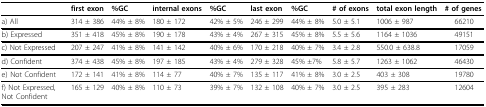
|  | first exon | %GC | internal exons | %GC | last exon | %GC | # of exons | total exon length | # of genes |
 | --- | --- | --- | --- | --- | --- | --- | --- | --- | --- |
 | a) All | 314 ± 386 | 44% ± 8% | 180 ± 172 | 42% ± 5% | 246 ± 299 | 44% ± 8% | 5.0 ± 5.1 | 1006 ± 987 | 66210 |
 | b) Expressed | 351 ± 418 | 45% ± 8% | 190 ± 178 | 43% ± 4% | 267 ± 315 | 45% ± 8% | 5.5 ± 5.6 | 1164 ± 1036 | 49151 |
 | c) Not Expressed | 207 ± 247 | 41% ± 8% | 141 ± 142 | 40% ± 6% | 170 ± 218 | 40% ± 7% | 3.4 ± 2.8 | 550.0 ± 638.8 | 17059 |
 | d) Confident | 374 ± 438 | 45% ± 8% | 197 ± 185 | 43% ± 4% | 279 ± 328 | 45% ±7% | 5.8 ± 5.7 | 1263 ± 1062 | 46430 |
 | e) Not Confident | 172 ± 141 | 41% ± 8% | 114 ± 77 | 40% ± 7% | 135 ± 117 | 41% ± 8% | 3.0 ± 2.5 | 403 ± 308 | 19780 |
 | f) Not Expressed, Not Confident | 165 ± 129 | 40% ± 8% | 110 ± 73 | 39% ± 7% | 132 ± 108 | 40% ± 7% | 3.0 ± 2.5 | 395 ± 283 | 12604 |